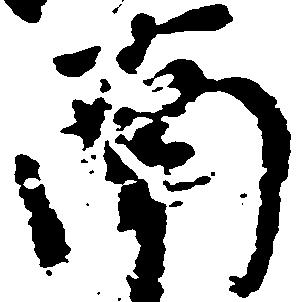
南